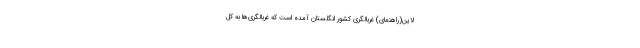
لاین(راهنمای) غربالگری کشور انگلستان آمده است که غربالگری‌ها به کل